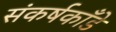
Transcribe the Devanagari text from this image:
संकर्षकाँडे